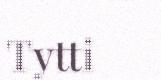
Tytti